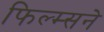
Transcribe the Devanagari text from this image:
फिल्म्सने